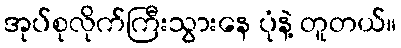
အုပ်စုလိုက်ကြီးသွားနေ ပုံနဲ့ တူတယ်။